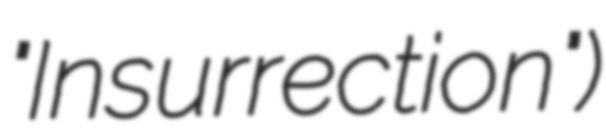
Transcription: "Insurrection")